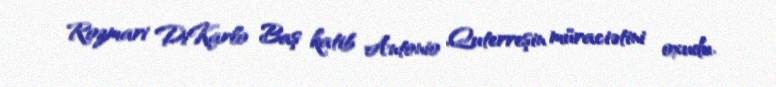
Rozmari DiKarlo Baş katib Antonio Quterreşin müraciətini oxudu.